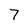
Character: 7